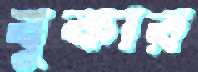
বুকার